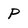
Character: p